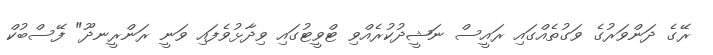
ރޭގެ ދަންވަރުގެ ވަގުތެއްގައި ރައީސް ނަޝީދުކުރެއްވި ޓްވީޓުގައި ވިދާޅުވެފައި ވަނީ ރަންރީނދޫ" ފޭސްބުކް